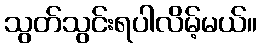
သွတ်သွင်းရပါလိမ့်မယ်။